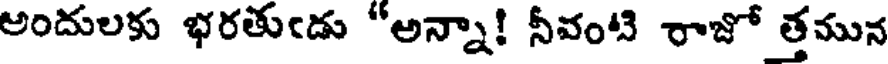
అందులకు భరతుఁడు "అన్నా! నీవంటి రాజో త్తమున